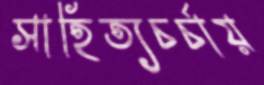
সাহিত্যচর্চায়